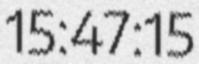
15:47:15